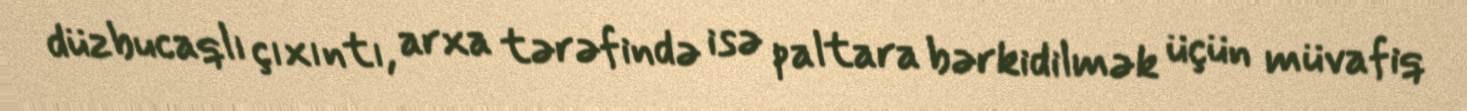
düzbucaqlı çıxıntı, arxa tərəfində isə paltara bərkidilmək üçün müvafiq